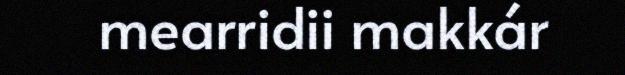
mearridii makkár